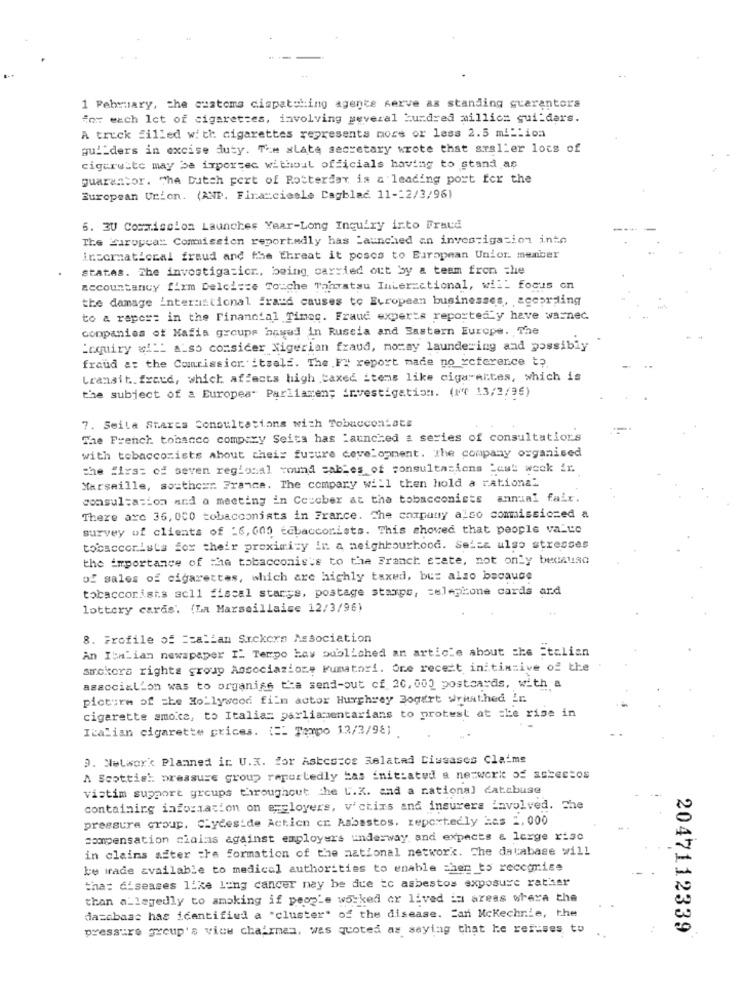
1 February, the customs cispatoling agente serve as standing guarantors
For mach let of cigarettes, involving several Hundred million sui-ders.
A truck filled with cigarettes represents more or less 2.5 million
qu' ders in excise duty. The state secretary wrote that srslier lots of
cigarette may be ixportec without officials having to stand as
guarantor. The Dutch pert of Rotterdam, is a leading port for the
European Union. (ANP. Financieele Dagblad 11-12/3/96)
5. 3U Commission Launches Year-Long Inquiry into Fraud
The European Commission reportedly has Launched an investigation into
international fraud and the threat it poscs to European Union member
states. The investiga:icr, being carried out by a team fron the
accountancy firm Delci == e Touche Tomatsu Inter=ctional, will focus on
the damage inter:intional fraud causes to European businesses, according
to a report in the Financial Times. Fraud experts reportedly have wasnec
companies of Mafia groups hawed in Russia and Eastern Europe. The
inquiry w !!! also consider Nigerian fraud, moray laundering and possibly
fraud at the Commissicr itsals. The F" report made no reference to
transit.freud, which affects high .taxed items like cigarartes, which is
the subject of a Europea" Parliamen; investigation. (Nf 13/2/95)
7. Seila Starca Consultations with Tobaccontate
The French tobacco compexy Seita has launched a series of consultations
with tobaccomists about theis future development. The company organised
the first of seven regional wound cables of consultasions Last week ir.
Marseille, southern France. The compary will then hold a rational
consultation and a meeting in Ceccber at the tobacconiets annual fair.
There are 36, 000 tobacconists in France. The company also commissiczed a
survey of clients of -6, 000 tcbacconists. This showed that people valto
tobaccorista for their proximity in a neighbourhood. Seisa ulso stresses
the importance of the tobacconis's to the Franch state, not only because
of sales of cigarettes, which are highly taxed, but also because
tobaccorists sell fiscal starys, postage stamps, telephone cards ard
lottery cards. (La Marseillaise 12/3/96)
8. Profile of == alian Srckors Association
An Italian newspaper Il Tempo has published an article about the italian
amrokors rights group Associazione Fumatori. One recett initiative of the
association was to organise t'ha send-out cf 20,000 postcards, with a
picture of the Hollywood film actor Hurghrey Bogart wrhathed in
cigarette smoke, to Italia= parliamentarians to protest at the rise in
Italian cigarette prices. ( == Tempo 12/3/98)
9. Network Planned in U.X. for Askcocos Related Ciusascs Claims
A Scottish preasure group reportedly bas initiated a network of asbestos
vistim support groups throughout the L.K. and a national catsbuse
containing information on ecloyers, victims and insurers involved. The
pressure group. Clydeside Acticn cr. Asbestos. reportedly Les 2,000
compensation cialas against employers underway and expects & large risc
in claims after the formation of the national network. The database will
be made available to medical authorities to enable chen to recognise
tha: diseases like lung cancer may be due to asbestos exposure rather
than allegedly to amoking if people worked or lived in areas where the
dazabase has identified a "cluster" of the disease. Ean Mckechnie, the
pressure group's vice chairman, wes quoted as saying that he refuses to
2047112339